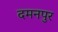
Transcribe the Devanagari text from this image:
दमनपुर